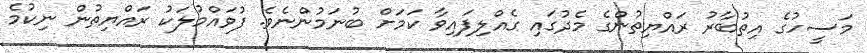
މަސީހުގެ އިތުބާރު ރައްޔިތުންގެ މެދުގައި ގެއްލިފައިވާ ކަމަށް ބުނަމުންނެވެ. ފުވައްމުލަކު ރައްޔިތުން ނިކުމެ